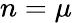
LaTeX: n=\mu